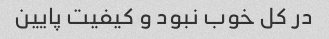
در کل خوب نبود و کیفیت پایین